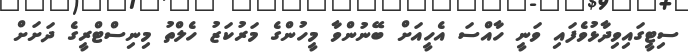
ސިޓީގައިވިދާޅުވެފައި ވަނީ ހާއްސަ އެހީއަށް ބޭނުންވާ މީހުންގެ މަރުކަޒު ހެލްތު މިނިސްޓްރީގެ ދަށަށް